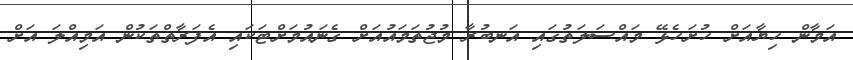
އަމާން ހިޔާއަށް ހުށަހެޅޭ މައްސަލަތުގައި އަނބުރާ މުޖުތަމައުއަށް ގެނައުމަށްޓަކައި އެފަރާތްތަކުން އަމިއްލަ އަށް